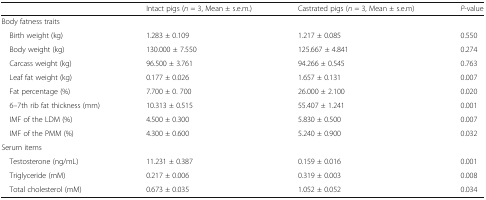
|  | Intact pigs (n = 3, Mean ± s.e.m.) | Castrated pigs (n = 3, Mean ± s.e.m) | P-value |
 | --- | --- | --- | --- |
 | <COLSPAN=4> Body fatness traits |
 | Birth weight (kg) | 1.283 ± 0.109 | 1.217 ± 0.085 | 0.550 |
 | Body weight (kg) | 130.000 ± 7.550 | 125.667 ± 4.841 | 0.274 |
 | Carcass weight (kg) | 96.500 ± 3.761 | 94.266 ± 0.545 | 0.763 |
 | Leaf fat weight (kg) | 0.177 ± 0.026 | 1.657 ± 0.131 | 0.007 |
 | Fat percentage (%) | 7.700 ± 0. 700 | 26.000 ± 2.100 | 0.020 |
 | 6–7th rib fat thickness (mm) | 10.313 ± 0.515 | 55.407 ± 1.241 | 0.001 |
 | IMF of the LDM (%) | 4.500 ± 0.300 | 5.830 ± 0.500 | 0.007 |
 | IMF of the PMM (%) | 4.300 ± 0.600 | 5.240 ± 0.900 | 0.032 |
 | <COLSPAN=4> Serum items |
 | Testosterone (ng/mL) | 11.231 ± 0.387 | 0.159 ± 0.016 | 0.001 |
 | Triglyceride (mM) | 0.217 ± 0.006 | 0.319 ± 0.003 | 0.008 |
 | Total cholesterol (mM) | 0.673 ± 0.035 | 1.052 ± 0.052 | 0.034 |